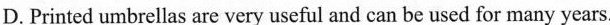
D. Printed umbrellas are very useful and can be used for many years.